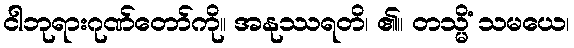
ငါဘုရားဂုဏ်တော်ကို။ အနုဿရတိ၊ ၏။ တသ္မိံ သမယေ၊